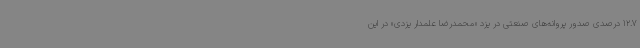
12.7 درصدی صدور پروانه‌های صنعتی در یزد «محمدرضا علمدار یزدی» در این